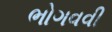
ભોગવવી